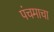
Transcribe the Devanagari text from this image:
पंचमाचा